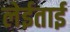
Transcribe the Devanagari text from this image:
लेईताई